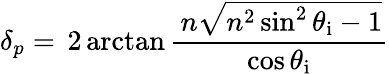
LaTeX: \delta_{p}=\, 2\arctan{\frac{\, n{\sqrt{n^{2}\sin^{2}\theta_{\mathrm{i}}-1}}}{\cos\theta_{\mathrm{i}}}}